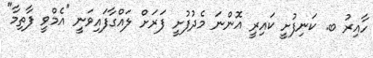
ހާއިރު ބ. ކަނިފުށީ ކައިރީ އޮންނަ މެދުފުށީ ފަރަށް ލައްގާފައިވަނީ ''އެމްވީ ފާތިމާ"